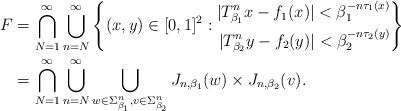
LaTeX: \begin{align*}F&=\bigcap_{N=1}^{\infty}\bigcup_{n=N}^{\infty}\left\{(x,y)\in [0,1]^2:\begin{aligned}|T_{\beta_1}^nx-f_1(x)|<\beta_1^{-n\tau_1(x)}\\|T_{\beta_2}^ny-f_2(y)|<\beta_2^{-n\tau_2(y)}\end{aligned}\right\}\\&=\bigcap_{N=1}^{\infty}\bigcup_{n=N}^{\infty}\bigcup_{w\in \Sigma_{\beta_1}^n, v\in \Sigma_{\beta_2}^n}J_{n,\beta_1}(w)\times J_{n,\beta_2}(v).\end{align*}